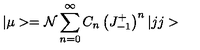
| \mu > = { \cal { N } } \sum _ { n = 0 } ^ { \infty } C _ { n } \left( J _ { - 1 } ^ { + } \right) ^ { n } | j j >